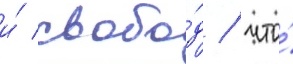
и́ свобо́д / что́